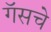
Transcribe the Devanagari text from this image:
गॅसचे